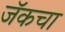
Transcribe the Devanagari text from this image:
जॅकचा